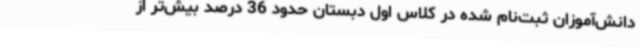
دانش‌آموزان ثبت‌نام شده در کلاس اول دبستان حدود 36 درصد بیش‌تر از